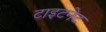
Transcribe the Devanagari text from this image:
टाइटनेट